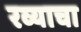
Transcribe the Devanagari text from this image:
रव्याचा